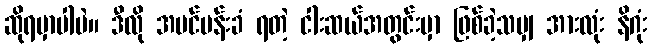
ဆိုရမှာပါပဲ။ ဒီလို အပင်ပန်းခံ ရတဲ့ ငါးဆယ်အတွင်းမှာ ဖြစ်ခဲ့သမျှ အားလုံး နိဂုံး